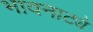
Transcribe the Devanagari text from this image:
भावनाट्ये